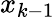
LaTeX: x_{k-1}